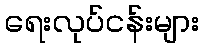
ရေးလုပ်ငန်းများ